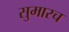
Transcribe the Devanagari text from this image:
सुमारच